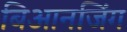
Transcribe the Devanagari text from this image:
बिआनजिंग